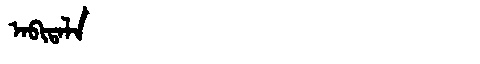
Manchu: ᠠᠪᡳᡨᠠᠯᠠ
Romanization: ABITALA